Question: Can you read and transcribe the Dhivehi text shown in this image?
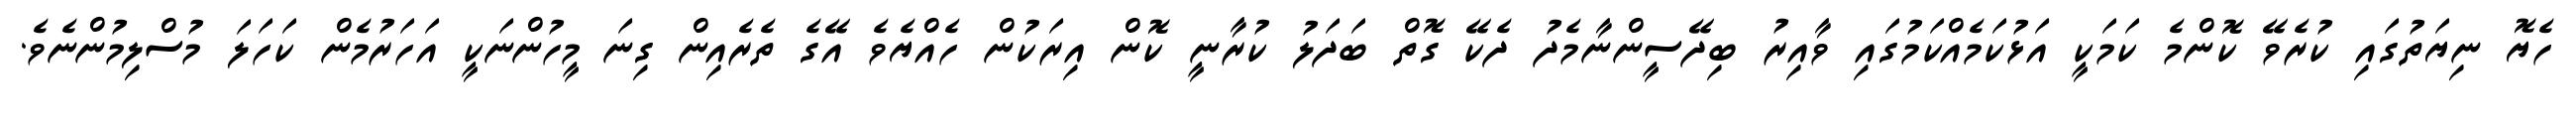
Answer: ހެޔޮ ނިޔަތުގައި ކުރެވޭ ކޮންމެ ކަމަކީ އަޅުކަމެއްކަމުގައި ވާއިރު ބިދޭސީންނާމެދު ދެކޭ ގޮތް ބަދަލު ކުރާނީ ކޮން އިރަކުން ހެއްޔެވެ އޭގެ ތެރެއިން ގިނަ މީހުންނަކީ އަހަރުމެން ކަހަލަ މުސްލިމުންނެވެ.